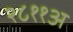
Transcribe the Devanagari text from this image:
२८११अ